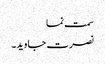
سمت نما
نصرت جاوید۔